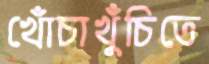
খোঁচাখুঁচিতে